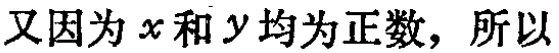
又因为\(x\)和\(y\)均为正数，所以